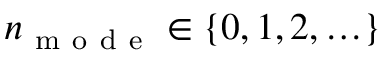
n _ { \mathrm { ~ m ~ o ~ d ~ e ~ } } \in \{ 0 , 1 , 2 , \ldots \}